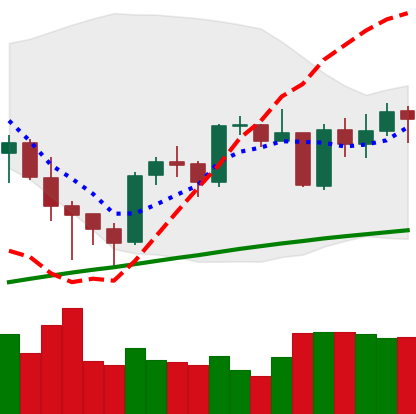
Ticker: BTC-USD
Chart end date: 2021-05-09
Forward return: -14.342%
Label: down_7plus